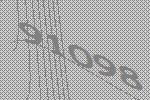
91098